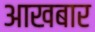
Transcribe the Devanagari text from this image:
आखबार